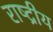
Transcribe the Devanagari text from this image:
राष्द्रीय